Statistical return of the lunatic asylum in Assam - 1912-1932
Year: 1912
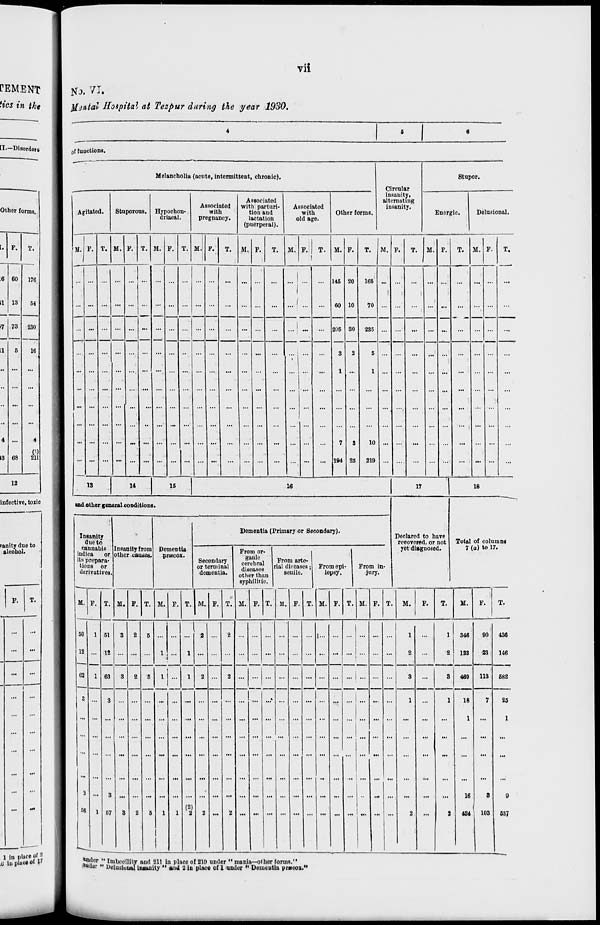
vii
No. VI.
fjiitital Hoipital at Tezpur daring the year 1930.
infective, toxic
of functions.
Melancholia (acute, intermittent, chronic).
Circular
insanity,
alternating
insanity.
Stupor.
Agitated.
Stu porous. Hypoehon-
driacal.
Associated
with
pregnancy.
Associated
with parturi-
tion and
lactation
(puerperal).
Associated
with
old age.
Other forms.
Enorgic.
Delusional.
M. F. T. M. P. T. M. F. T. M. F. T. M. F. T. M. F.
!
T- M. F. T. M. F. T. M.
1
F.
T. M. F.
T.
... ... ... ... ... ... ... ...
...
...
... ...
...
... . ...
... 145 2(
165 ...
...
... ...
...
... ...
...
... ... ... ... ... ... ... ... ... ... ...
...
... ...
...
... ' ...
...
60 1( 1
70 ...
...
... ...
...
- ...
...
... ... ... ... ... ... ... ...
... ...
...
... ...
...
... 1 ... ... 205 31 ) 235 ... ... .., ... ... ... ... ... ...
... ... ... ... ... ... ... ... ••
... ...
...
... ...
... ...
...
s ; 1
6
...
...
... ...
...
... ...
...
... ... ... ... ... ... ... ... ...
...
...
... ...
...
... ...
I ..
1
... :
•'■
...
... ...
... ... ... ... ...
•• ... ... ...
...
...
... ...
...
... ...
...
7
3
10
... ...
...
... ...
...
... ...
...
... ... ... ... •" ... ... ... ... ... ...
...
... ...
...
... ...
... 194 2 5
219 ... ...
...
... ...
...
... ...
...
13
14
15
16
17
18
ud other g eneral conditions.
Declared to have
recovered, or not
yet diagnosed.
Insanity
due to
cannabis
indica
or
its prepara-
tions or
derivatives
Insanity from
other causes.
Dementia
priecox.
Dementia (Primary or Secondary).
Total of columns
Secondary
or terminal
dementia.
From or-
ganic
cerebral
diseases
otheT thai
From arte-
rial diseases;
senile.
From epi-
lepsy.
From in-
jury.
7 (a) to 17.
sypli ilitic
M.
M.
M. F. T. M. F.
51
3
12
o:t
2
M.
M. F.
M.
T. M.
M.
T.
M.
T.
J...
346
123
469
18
1
16
484
90
23
113
436
146
682
25
1
103
637
«ndor " Imbecility and 211 in plaee of 210 under " mania—other forms."
iWuior «« Uelusiuwu iniauity " and 2 in place of 1 under •' Dementia prvoox."